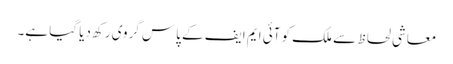
معاشی لحاظ سے ملک کو آئی ایم ایف کے پاس گروی رکھ دیا گیا ہے۔